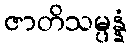
ဇာတိသမ္ပန္နံ